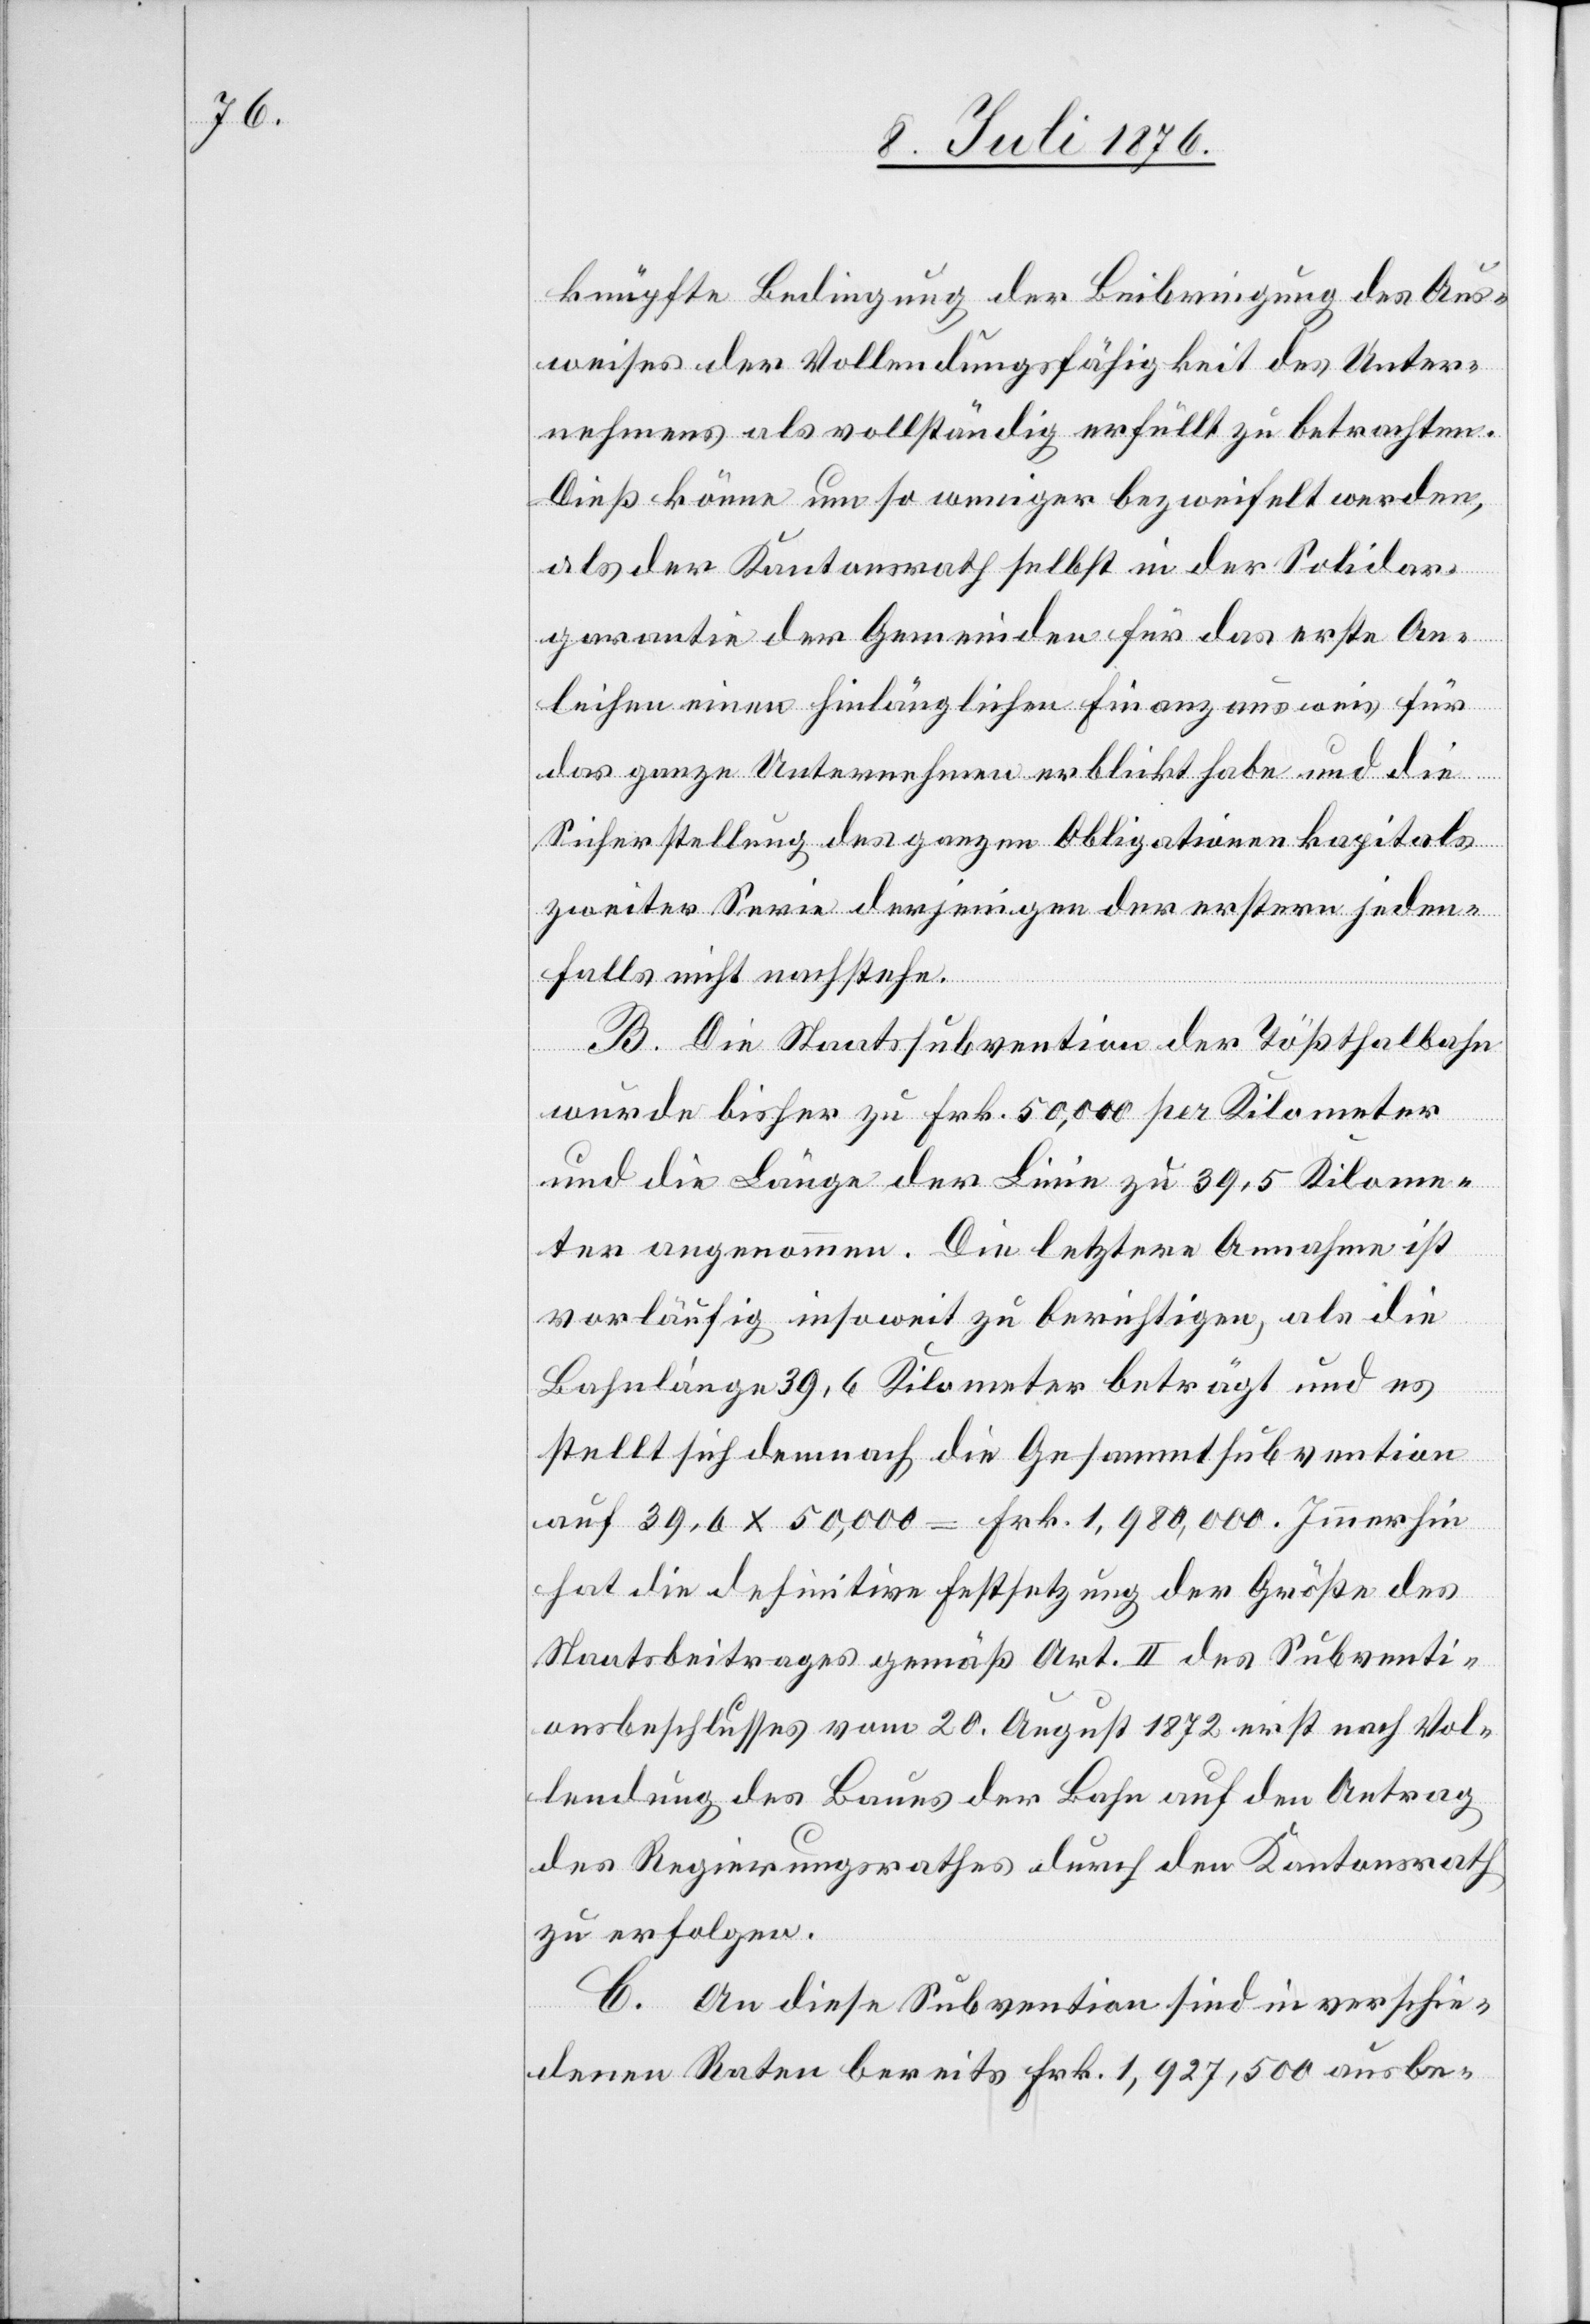
knüpfte Bedingung der Beibringung des Aus¬
weises der Vollendungsfähigkeit des Unter¬
nehmens als vollständig erfüllt zu betrachten.
Dieß könne um so weniger bezweifelt werden,
als der Kantonsrath selbst in der Solidar¬
garantie der Gemeinden für das erste An¬
leihen einen hinlänglichen Finanzausweis für
das ganze unternehmen erblickt habe und die
Sicherstellung des ganzen Obligationenkapitals
zweier Serie derjenigen der erstern jeden¬
falls nicht nachstehe.
B. Die Staatssubvention der Tößthalbahn
wurde bisher zu Frk. 50,000 per Kilometer
und die Länge der Linie zu 39,5 Kilome¬
ter angenommen. Die letztere Ausnahme ist
vorläufig insoweit zu berichtigen, als die
Bahnlänge 398,6 Kilometer beträgt und es
stellt sich demnach die Gesammtsubvention
auf 39,6 x 50,000 = Frk. 1,980,000. Immerhin
hat die definitive Festsetzung der Größe des
Staatsbeitrages gemäß Art. II des Subventi¬
onsbeschlusses vom 20. August 1972 erst nach Vol¬
lendung des Baues der Bahn auf den Antrag
des Regierungsrathes durch den Kantonsrath
zu erfolgen.
C. An diese Subvention sind in verschie¬
denen Raten bereits Frk. 1,927,500 ausbe-